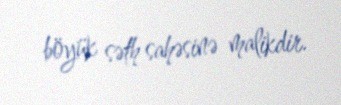
böyük səth sahəsinə malikdir.